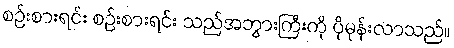
စဉ်းစားရင်း စဉ်းစားရင်း သည်အဘွားကြီးကို ပိုမုန်းလာသည်။